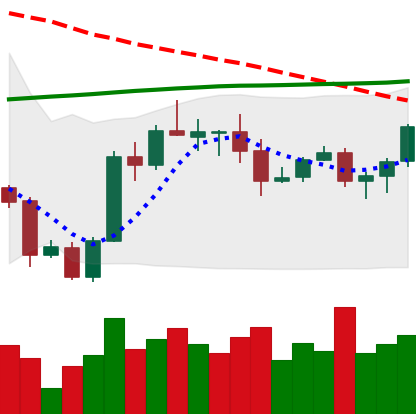
Ticker: ADA-USD
Chart end date: 2020-10-09
Forward return: 5.271%
Label: up_5_7